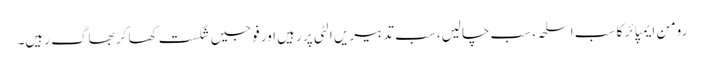
رومن ایمپائر کا سب اسلحہ، سب چالیں، سب تدبیریں الٹی پر رہیں اور فوجیں شکست کھا کر بھاگ رہیں۔